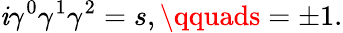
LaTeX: \mathit{i}\gamma^{0}\gamma^{1}\gamma^{2}=s,\qquads=\pm1.